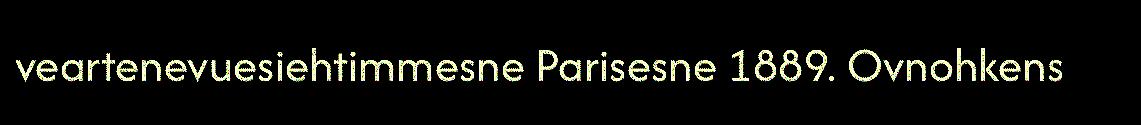
veartenevuesiehtimmesne Parisesne 1889. Ovnohkens